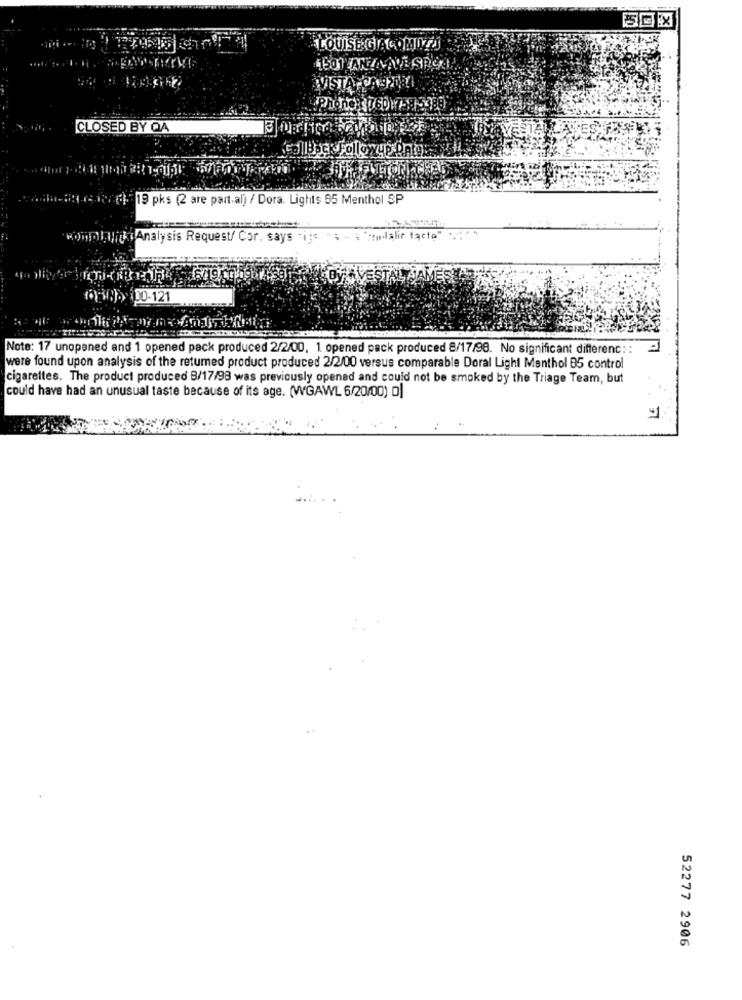
LOUISE GIACOMOZY
4501 ANZA ALE SPOS
CLOSED BY QA
callBackFollow up Antes
1.1.2) 19 pks (2 are part.al) / Dora. Lights 55 Menthol SP
compliVid Analysis Request/ Cor. says i ;= "="alir facto".
PYS VESTAL JAMES
9. 00-121
Note: 17 unopened and 1 opened pack produced 2/2/00, 1 opened pack produced 8/17/98. No significant differenc ::
were found upon analysis of the retumed product produced 2/2/00 versus comparable Doral Light Manthol 85 control
cigarettes. The product produced 8/17/98 was previously opened and could not be smoked by the Triage Team, but
could have had an unusual taste because of its age. (WGAWL 6/20/00) o|
52277 2906